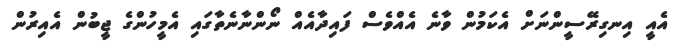
އެއީ އިނގިރޭސީންނަށް އެކަމުން ވާނެ އެއްވެސް ފައިދާއެއް ނޯންނާނެތާގައި އެމީހުންގެ ޖީބުން އެއިރުން